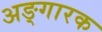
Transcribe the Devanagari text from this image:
अङ्गारक